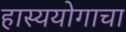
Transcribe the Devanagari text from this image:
हास्ययोगाचा